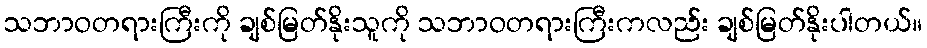
သဘာဝတရားကြီးကို ချစ်မြတ်နိုးသူကို သဘာဝတရားကြီးကလည်း ချစ်မြတ်နိုးပါတယ်။